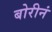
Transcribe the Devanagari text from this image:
बोरीनं